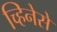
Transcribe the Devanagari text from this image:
च्हिनेसे